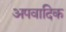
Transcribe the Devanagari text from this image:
अपवादिक